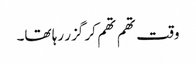
وقت تھم تھم کر گزر رہا تھا۔